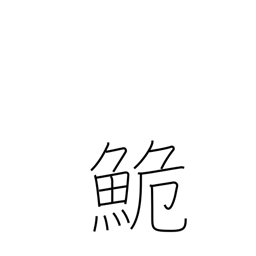
Meaning: dace (carp)